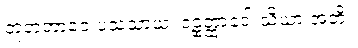
ဘူတဘာဝေ ပသံသာယံ၊ ဒဠှတ္ထာဒေါ သိယာ အတိ။